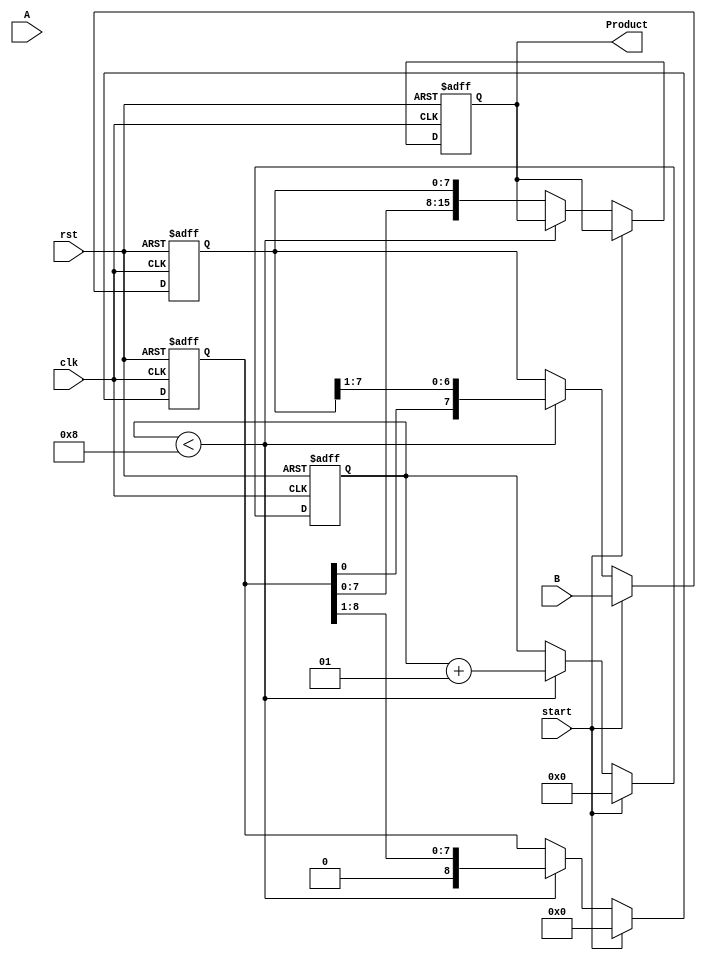
module booth_multiplier #(parameter N = 8) (
    input  wire [N-1:0] A,        // Multiplicand
    input  wire [N-1:0] B,        // Multiplier
    input  wire start,             // Control signal to start the multiplication
    input  wire clk,               // Clock signal
    input  wire rst,               // Reset signal
    output reg [2*N-1:0] Product   // Product output
);

    reg [N-1:0] M;                 // Multiplicand register
    reg [N-1:0] Q;                 // Multiplier register
    reg [N:0] A_reg;               // Accumulator with extra bit for overflow
    reg Q_1;                       // Previous bit of Q
    integer count;                 // Iteration counter

    always @(posedge clk or posedge rst) begin
        if (rst) begin
            // Reset registers
            A_reg <= 0;
            Q <= 0;
            Q_1 <= 0;
            M <= 0;
            Product <= 0;
            count <= 0;
        end else if (start) begin
            // Initialize registers
            A_reg <= 0;
            Q <= B;
            M <= A;
            Q_1 <= 0;
            count <= 0;
        end else if (count < N) begin
            // Booth's Algorithm
            case ({Q[0], Q_1})
                2'b01: A_reg <= A_reg + M;     // Add M to A_reg
                2'b10: A_reg <= A_reg - M;     // Subtract M from A_reg
                2'b00, 2'b11: ;                // Do nothing
            endcase
            
            // Arithmetic right shift
            {A_reg, Q} <= {A_reg, Q} >> 1;
            Q_1 <= Q[0]; // Update Q-1
            count <= count + 1; // Increment the count
        end else begin
            // After completing iterations, store result
            Product <= {A_reg, Q};
        end
    end
endmodule